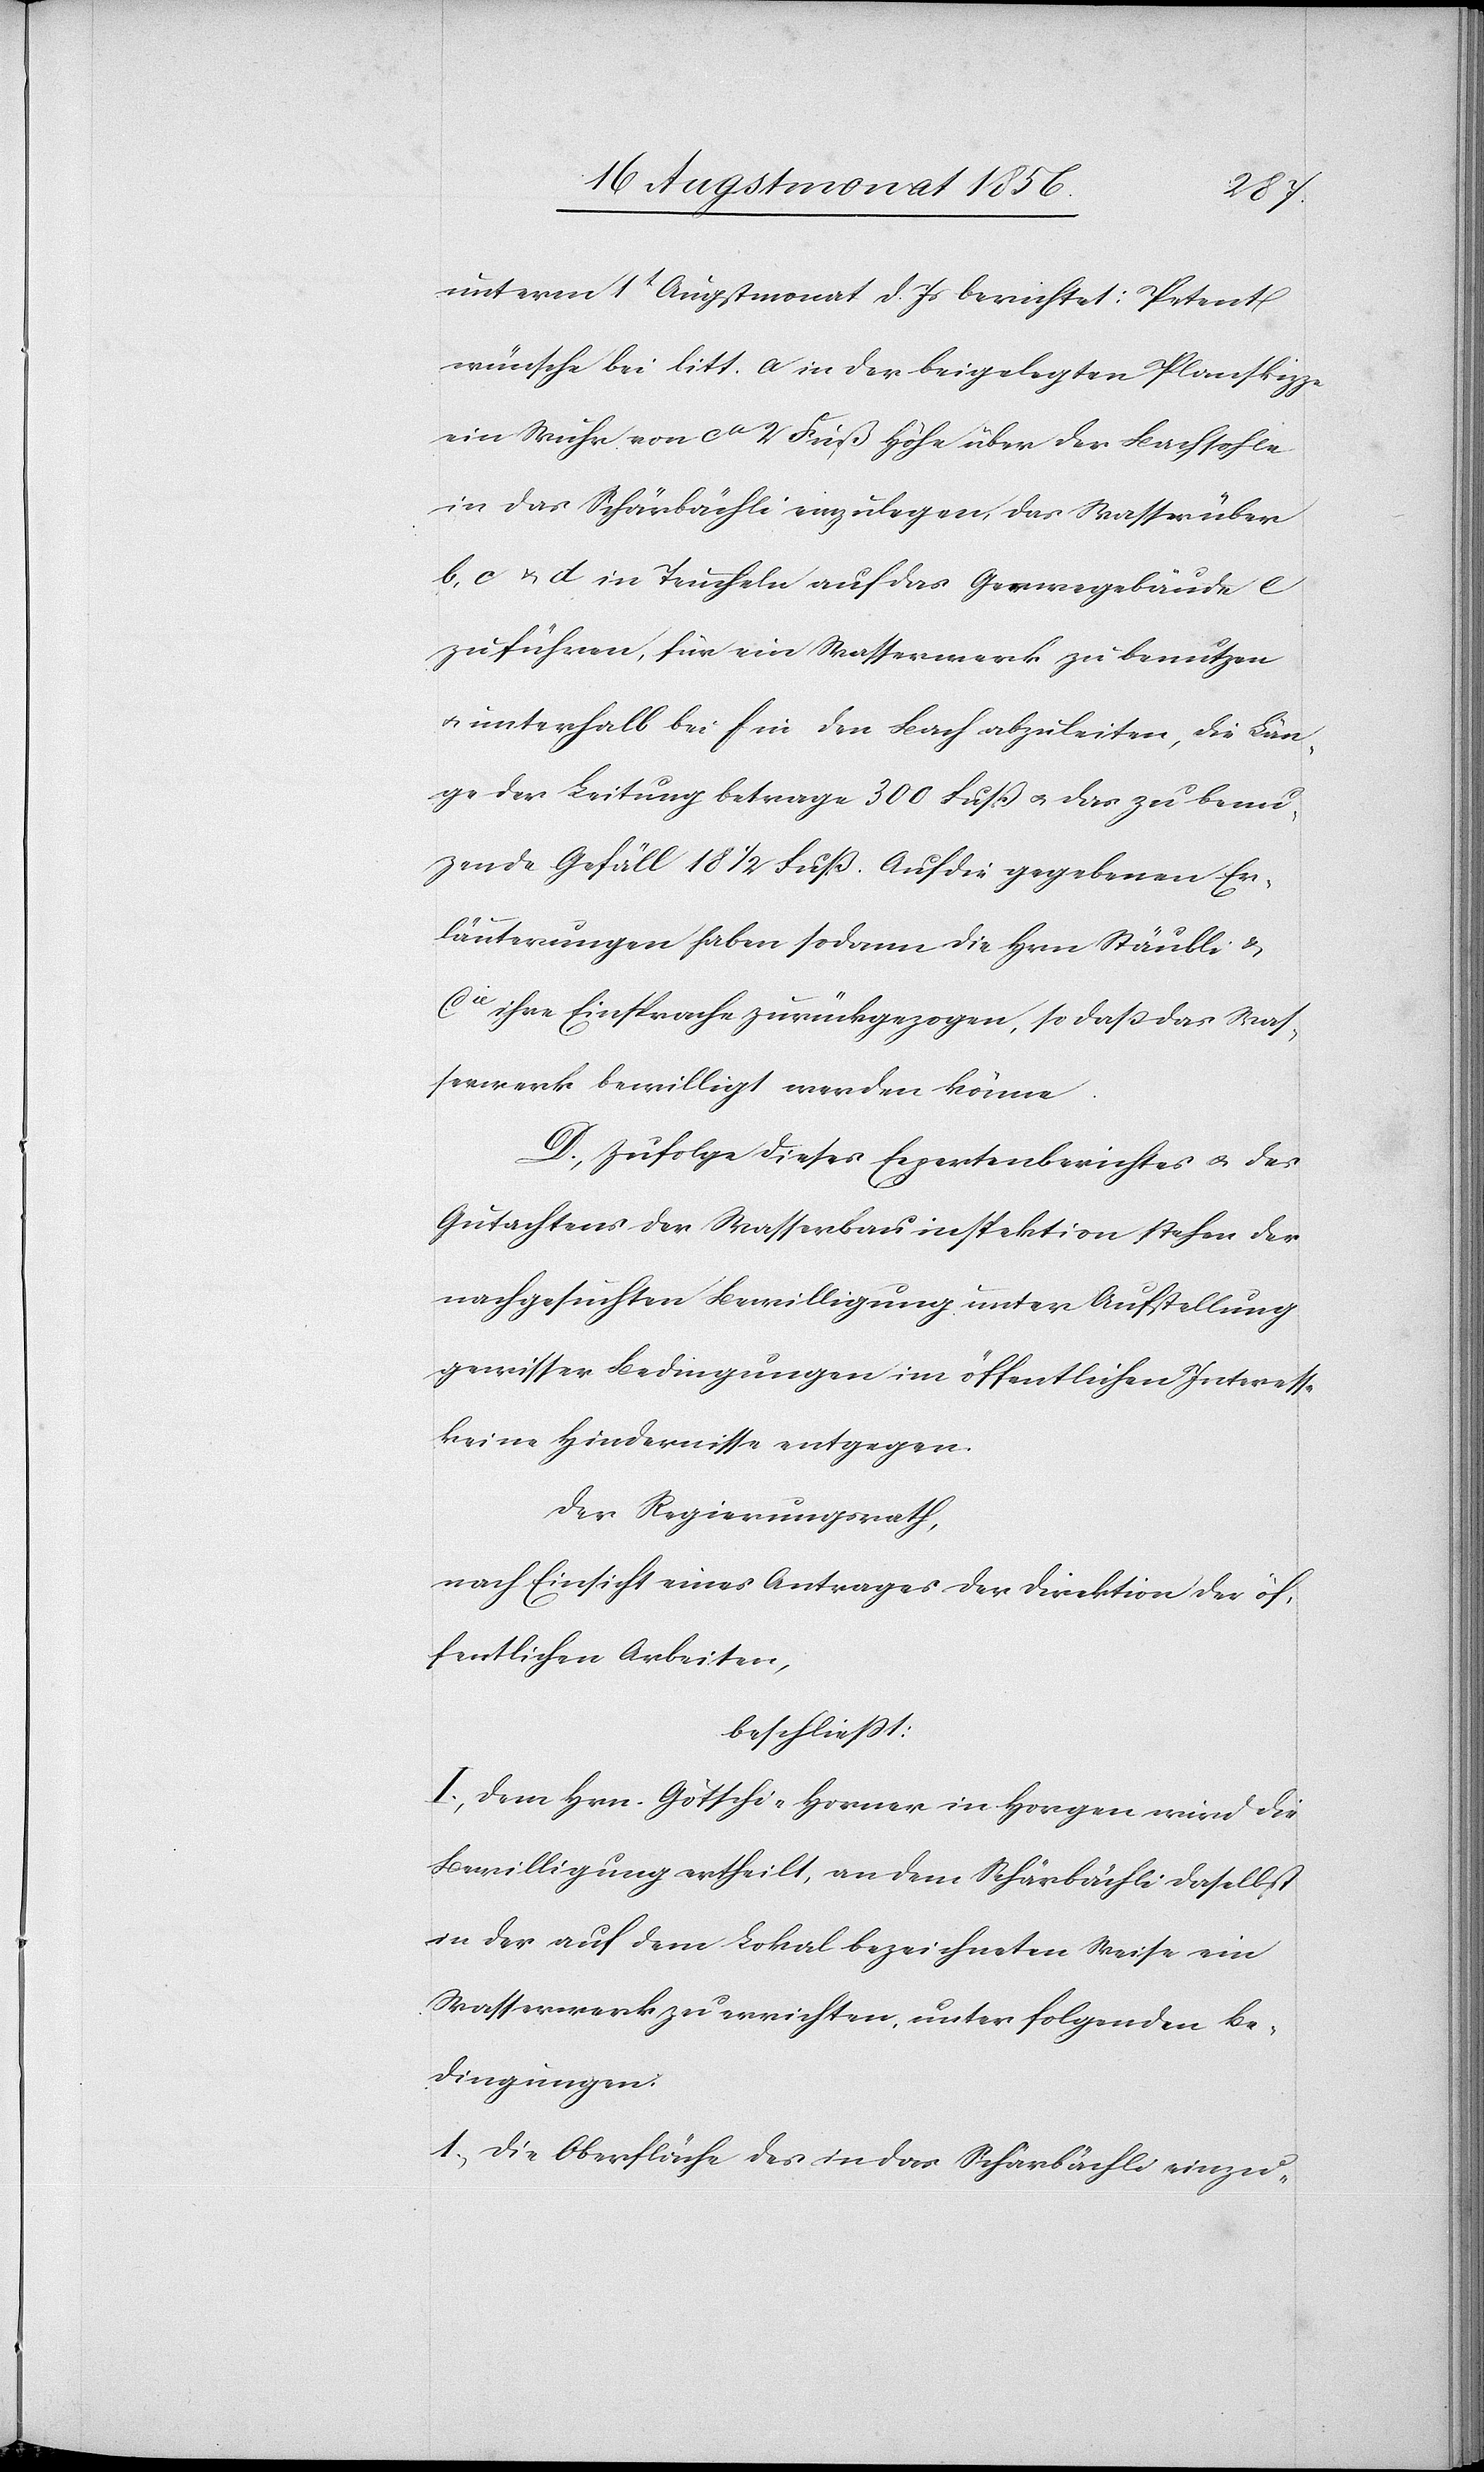
unterm 1t Augstmonat d. Js berichtet: Petent
wünsche bei litt. a in der beigelegten Planskizze
ein Wuhr von ca 2 Fuß Höhe über der Bachsohle
in das Schärbächli einzulegen, das Wasser über
b, c u. d. in Teucheln auf das Gerwegebäude e
zu führen, für ein Wasserwerk zu benutzen
u. unterhalb bei f in den Bach abzuleiten, die Län¬
ge der Leitung betrage 300 Fuß u. das zu benu¬
zende [sic!] Gefäll 18 1/2 Fuß. Auf die gegebenen Er¬
läuterungen haben sodann die Hrn Stäubli &
Cie ihre Einsprache zurückgezogen, so dass das Was¬
serwerk bewilligt werden könne.
D. Zufolge dieses Expertenberichtes u. des
Gutachtens der Wasserbauinspektion stehen der
nachgesuchten Bewilligung unter Aufstellung
gewisser Bedingungen im öffentlichen Interesse
keine Hindernisse entgegen.
Der Regierungsrath,
nach Einsicht eines Antrages der Direktion der öf¬
fentlichen Arbeiten,
beschliesst:
I.) Dem Hrn. Götschi-Horner in Horgen wird die
Bewilligung ertheilt, an dem Schärbächli daselbst
in der auf dem Lokal bezeichneten Weise ein
Wasserwerk zu errichten, unter folgenden Be¬
dingungen:
1.) Die Oberfläche des in das Schärbächli einzu-